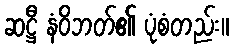
ဆဋ္ဌီ နံဝိဘတ်၏ ပုံစံတည်း။